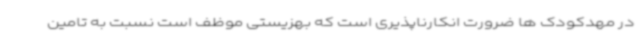
در مهدکودک ها ضرورت انکارناپذیری است که بهزیستی موظف است نسبت به تامین